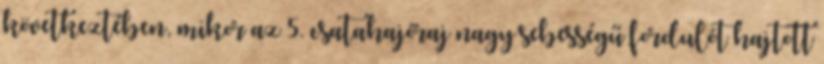
következtében, mikor az 5. csatahajóraj nagy sebességű fordulót hajtott